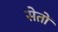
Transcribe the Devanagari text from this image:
सेतों